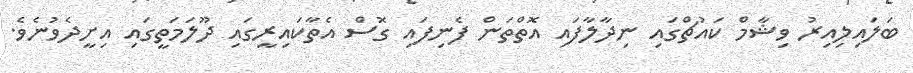
ބަލައިލިއިރު ވިޝާމް ކައުޗްގައި ނިދާލާފައި އޮތްތަން ފެނިފައި ގޮސް އެތާކައިރީގައި ދޫލަމަތީގައި އިށީދެވުނެވެ.